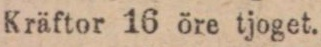
Kräftor 16 öre tjoget.